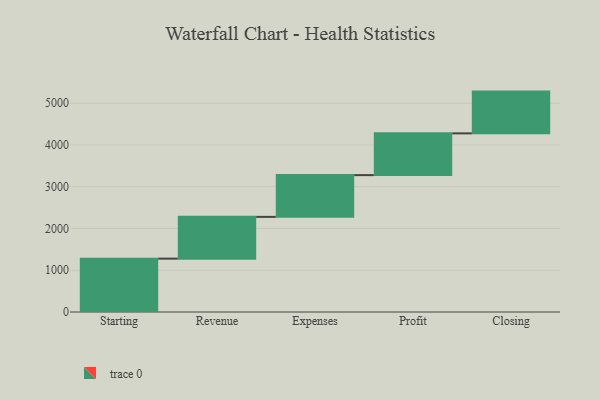
{"axis": {"x": "Step", "y": "Value"}, "legend": [""], "data": [{"x": "Starting", "y": 1278.0, "type": ""}, {"x": "Revenue", "y": 1000, "type": ""}, {"x": "Expenses", "y": 1000, "type": ""}, {"x": "Profit", "y": 1000, "type": ""}, {"x": "Closing", "y": 1000, "type": ""}]}